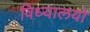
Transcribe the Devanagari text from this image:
विध्यालयो